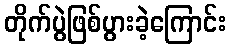
တိုက်ပွဲဖြစ်ပွားခဲ့ကြောင်း